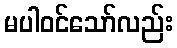
မပါဝင်သော်လည်း